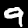
Label: 9